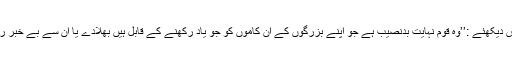
اقتباس دیکھئے :’’وہ قوم نہایت بدنصیب ہے جو اپنے بزرگوں کے ان کاموں کو جو یاد رکھنے کے قابل ہیں بھلادے یا ان سے بے خبر رہے ۔